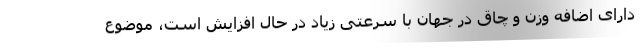
دارای اضافه وزن و چاق در جهان با سرعتی زیاد در حال افزایش است، موضوع